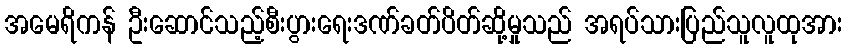
အမေရိကန် ဦးဆောင်သည့်စီးပွားရေးဒဏ်ခတ်ပိတ်ဆို့မှုသည် အရပ်သားပြည်သူလူထုအား